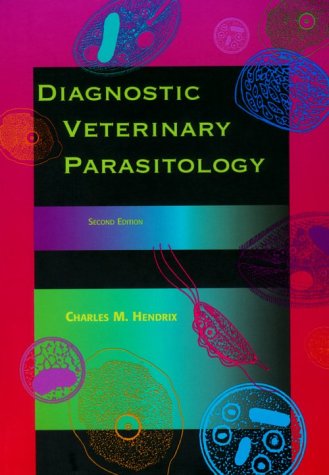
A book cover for Diagnostic Veterinary Parasitology, 2e; Charles M. Hendrix DVM  PhD; Medical Books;